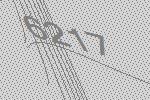
6217